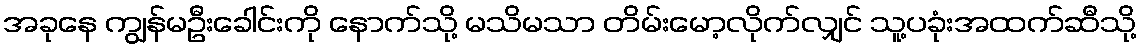
အခုနေ ကျွန်မဦးခေါင်းကို နောက်သို့ မသိမသာ တိမ်းမော့လိုက်လျှင် သူ့ပခုံးအထက်ဆီသို့